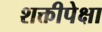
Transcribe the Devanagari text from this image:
शक्तीपेक्षा